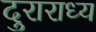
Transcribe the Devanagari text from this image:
दुराराध्य